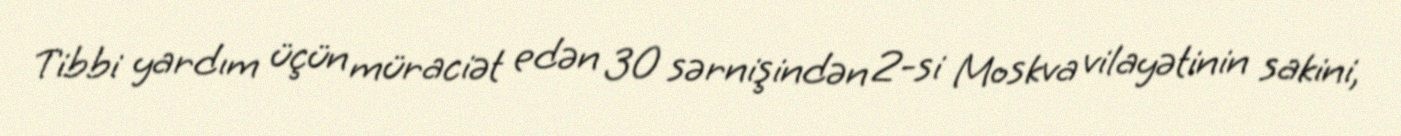
Tibbi yardım üçün müraciət edən 30 sərnişindən 2-si Moskva vilayətinin sakini,